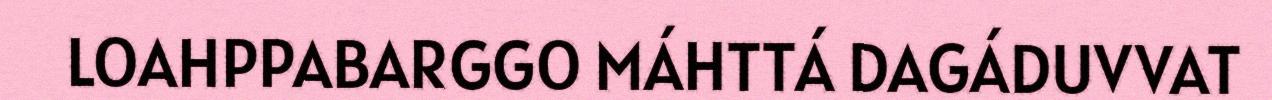
LOAHPPABARGGO MÁHTTÁ DAGÁDUVVAT